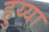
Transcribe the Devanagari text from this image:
हुय्या